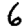
Digit: 6